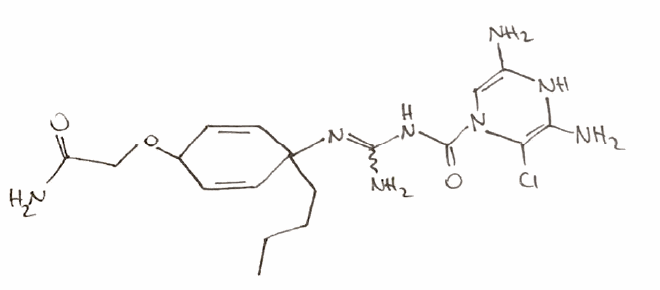
Simplified molecular-input line-entry system (SMILES) notation of the given molecule:
CCCCC1(C=CC(C=C1)OCC(=O)N)N=C(N)NC(=O)N2C=C(NC(=C2Cl)N)N